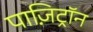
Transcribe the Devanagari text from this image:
पाज़िट्रॉन